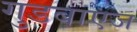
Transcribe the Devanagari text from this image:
गुडबाएज